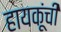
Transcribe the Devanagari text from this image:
हायकूंची